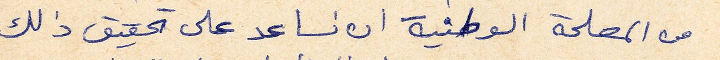
من المصلحة الوطنية ان نساعد على تحقيق ذلك